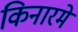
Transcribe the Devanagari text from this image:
किनारमे